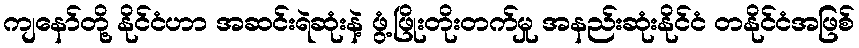
ကျနော်တို့ နိုင်ငံဟာ အဆင်းရဲဆုံးနဲ့ ဖွံ့ဖြိုးတိုးတက်မှု အနည်းဆုံးနိုင်ငံ တနိုင်ငံအဖြစ်